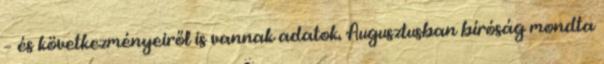
– és következményeiről is vannak adatok. Augusztusban bíróság mondta